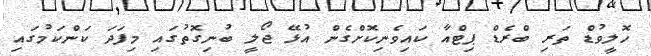
ހޮލީވުޑް ތަރި ބްރެޑް ޕިޓްއާ ކައިވެނިކޮށްގެން އުޅޭ ޖޯލީ ބުނިގޮތުގައި މިފަދަ ކަންކަމުގައި